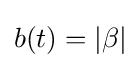
b(t)=\left\vert \beta \right\vert